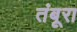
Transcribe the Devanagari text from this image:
तंबूरा